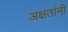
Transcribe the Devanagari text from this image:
अक्षतांनी